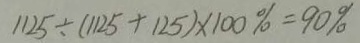
1 1 2 5 \div ( 1 1 2 5 + 1 2 5 ) \times 1 0 0 \% = 9 0 \%